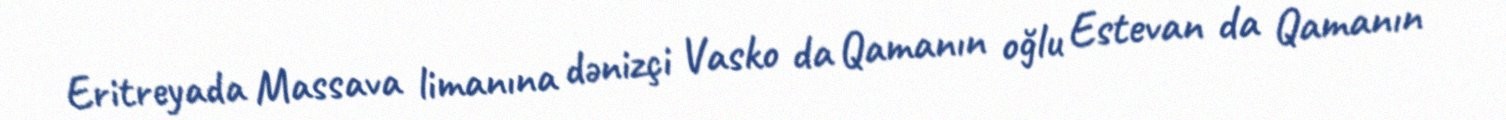
Eritreyada Massava limanına dənizçi Vasko da Qamanın oğlu Estevan da Qamanın